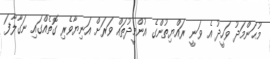
މުޙަންމަދު ވަހީދު އެ ވަނީ ރައްޔިތުންގެ އުންމީދުތައް ވަރަށް އަނިޔާވެރި ގޮތެއްގައި ނަގާލާފަ